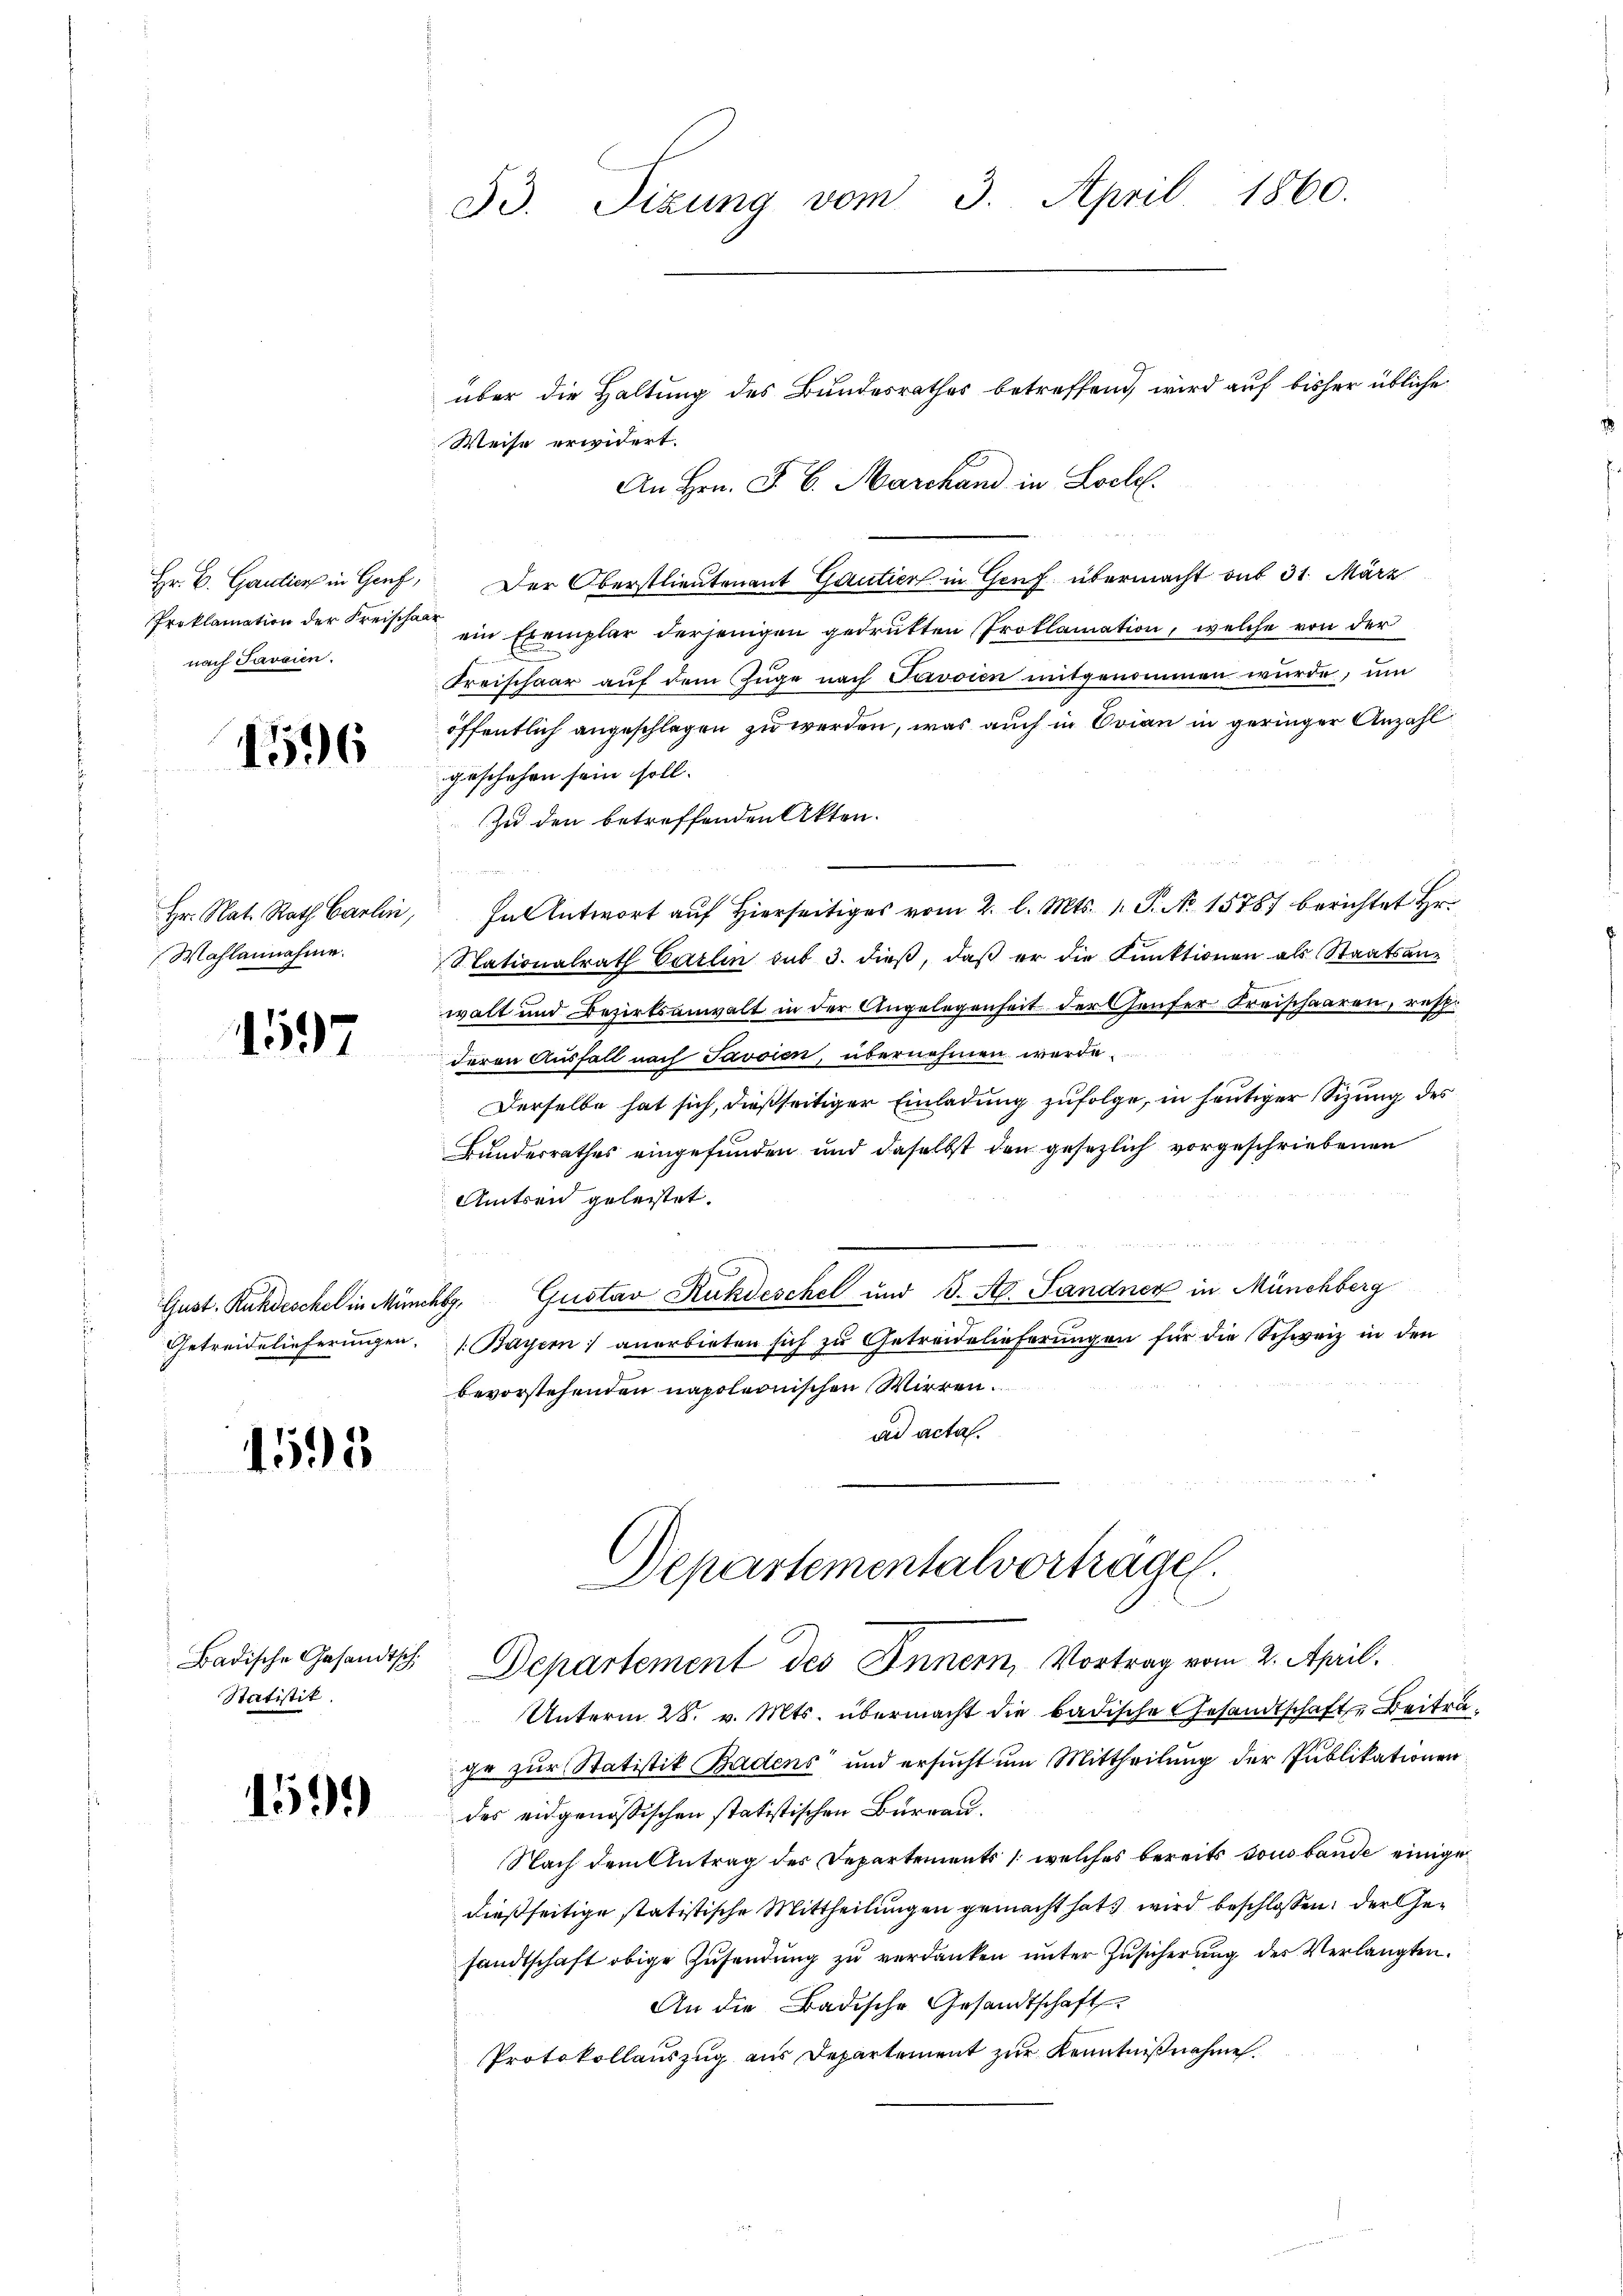
nach Javaien.

1596

Hr. Nat. Rath Carlin,
Mahlannahme.

1597

1595

Statistik.

1599

53. Sizŭng vom 3. April 1860.

über die Haltung des Bundesrathes betreffend, wird auf bisher übliche
Weise erwidert.
An Hrn. F. B. Marchand in Loch.
Hr. C. Gantier in Genf, Der Oberstlieutenant Gautier in Genf übermacht auf 31. März
Proklamation der Kreische ein Exemplar derjenigen gedrukten Proklamation, welche von der
Freischaar auf dem Zuge nach Paroien mitgenommen wurde, um
öffentlich angeschlagen zu werden, was auch in Evian in geringer Anzahl
geschehen sein soll.
Zu den betreffenden Akten.
Fantwort auf Hierseitiges vom 2. l. Mts. 1. P. No. 15787 berichtet Hr.
Slationalrath Carlin sub 3. dieß, daß er die Kunktionen als Staatsanwalt und Bezirksanwalt in der Angelegenheit der Genfer Kreischaaren, resp.
deren Ausfall nach Javsien, übernehmen werde.
Derselbe hat sich, dießseitiger Einladung zufolge, in heutiger Sizung des
Bundesrathes eingefunden und daselbst den gesezlich vorgeschriebenen
Amtren geleistet.
Gust. Kundeschel in Münchbg. Gustav Rukdeschel und J. A. Sandner in Münchberg
Getreidelieferŭngen. Bayern anerbieten sich zŭ Getreidelieferŭngen für die Schweiz in den
bevorstehenden napoleonischen Wirren.
ad acta.
Departementalvorträgen.
Badische Gesandtsch. Departement des Innern, Vortrag vom 2. April.
Unterm 28. v. Mts. übermacht die badische Gesandtschaft Beiträge zur Statistik Badens und ersucht um Mittheilung der Publikationen
des eidgenößischen statistischen Burrau.
Nach dem Antrag des Departements (welches bereits von bande einige
dießseitige statistische Mittheilungen gemacht hat wird beschlossen, der Gesandtschaft obige Zusendung zu verdanken unter Zusicherung des Verlangten.
An die Badische Gesandtschaft
Protokollauszug aus Departement zur Kenntnißnahme.